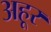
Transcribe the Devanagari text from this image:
अहूर